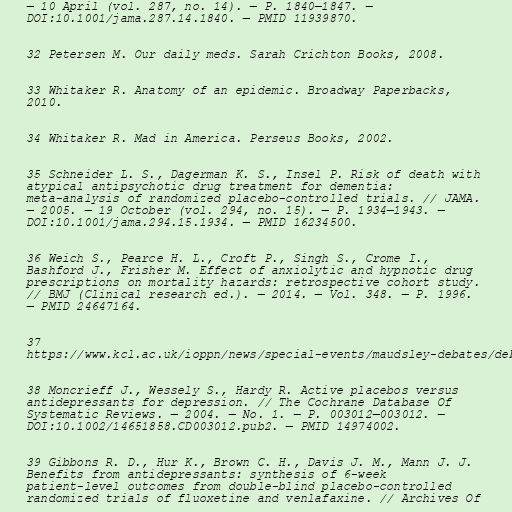
— 10 April (vol. 287, no. 14). — P. 1840—1847. —
DOI:10.1001/jama.287.14.1840. — PMID 11939870.

32 Petersen M. Our daily meds. Sarah Crichton Books, 2008.

33 Whitaker R. Anatomy of an epidemic. Broadway Paperbacks,
2010.

34 Whitaker R. Mad in America. Perseus Books, 2002.

35 Schneider L. S., Dagerman K. S., Insel P. Risk of death with
atypical antipsychotic drug treatment for dementia:
meta-analysis of randomized placebo-controlled trials. // JAMA.
— 2005. — 19 October (vol. 294, no. 15). — P. 1934—1943. —
DOI:10.1001/jama.294.15.1934. — PMID 16234500.

36 Weich S., Pearce H. L., Croft P., Singh S., Crome I.,
Bashford J., Frisher M. Effect of anxiolytic and hypnotic drug
prescriptions on mortality hazards: retrospective cohort study.
// BMJ (Clinical research ed.). — 2014. — Vol. 348. — P. 1996.
— PMID 24647164.

37
https://www.kcl.ac.uk/ioppn/news/special-events/maudsley-debates/debate-archive-51-70

38 Moncrieff J., Wessely S., Hardy R. Active placebos versus
antidepressants for depression. // The Cochrane Database Of
Systematic Reviews. — 2004. — No. 1. — P. 003012—003012. —
DOI:10.1002/14651858.CD003012.pub2. — PMID 14974002.

39 Gibbons R. D., Hur K., Brown C. H., Davis J. M., Mann J. J.
Benefits from antidepressants: synthesis of 6-week
patient-level outcomes from double-blind placebo-controlled
randomized trials of fluoxetine and venlafaxine. // Archives Of